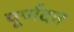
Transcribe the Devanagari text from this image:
पूर्णदत्त